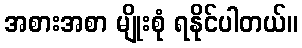
အစားအစာ မျိုးစုံ ရနိုင်ပါတယ်။